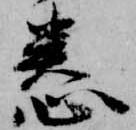
恙